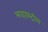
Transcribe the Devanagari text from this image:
साइडस्ट्रीम